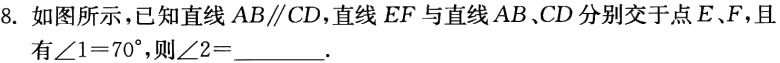
8. 如图所示，已知直线 \(AB\parallel CD\)，直线 \(EF\) 与直线 \(AB\)、\(CD\) 分别交于点 \(E\)、\(F\)，且有\(\angle1 = 70^{\circ}\)，则\(\angle2=\underline{\quad\quad}\).